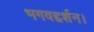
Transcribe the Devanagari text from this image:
भगवद्दर्शन।